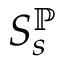
S _ { s } ^ { \mathbb { P } }